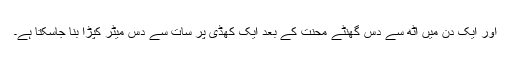
اور ایک دن میں آٹھ سے دس گھنٹے محنت کے بعد ایک کھڈی پر سات سے دس میٹر کپڑا بنا جاسکتا ہے۔